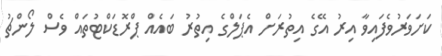
ކަށަވަރުވެފައިވާ އިރު އޭގެ އިތުރަށް އެޕަލްގެ އިތުރު ބައެއް ޕްރޮޑަކްޓުތައް ވެސް ލޯންޗު